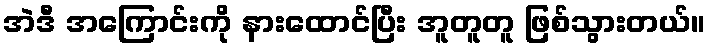
အဲဒီ အကြောင်းကို နားထောင်ပြီး အူတူတူ ဖြစ်သွားတယ်။